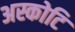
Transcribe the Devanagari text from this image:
अस्कोटि